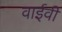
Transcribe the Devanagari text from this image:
वाईवी